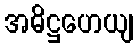
အဓိဋ္ဌဟေယျ